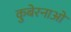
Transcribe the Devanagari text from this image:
कुबेरनाओ